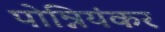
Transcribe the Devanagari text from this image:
पोन्नियंकर